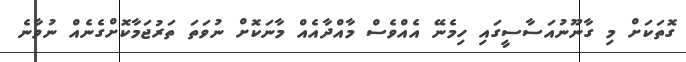
ގޮތަކަށް މި ގާނޫނުއަސާސީގައި ހިމެނޭ އެއްވެސް މާއްދާއެއް މާނަކޮށް ނުވަތަ ތަރުޖަމާކޮށްގެނެއް ނުވާނެ